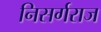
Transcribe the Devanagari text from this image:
निसर्गराज